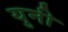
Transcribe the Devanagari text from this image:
युनी